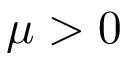
\mu > 0